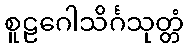
စူဠဂေါသိင်္ဂသုတ္တံ